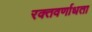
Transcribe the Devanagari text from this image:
रक्तवर्णाधता